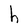
Character: h